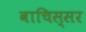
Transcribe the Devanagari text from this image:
वाचिस्सर